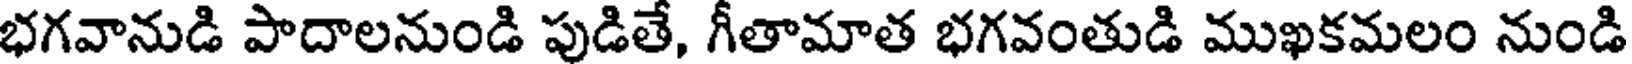
భగవానుడి పాదాలనుండి పుడితే, గీతామాత భగవంతుడి ముఖకమలం నుండి